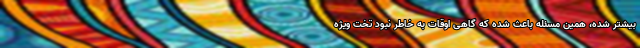
بیشتر شده، همین مسئله باعث شده که گاهی اوقات به خاطر نبود تخت ویژه